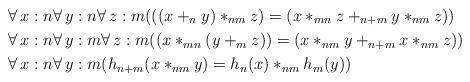
LaTeX: \begin{align*} &\forall\,x:n\forall\,y:n\forall\,z:m(((x+_ny)\ast_{nm}z)=(x\ast_{mn}z+_{n+m}y\ast_{nm}z)) \\ &\forall\,x:n\forall\,y:m\forall\,z:m((x\ast_{mn}(y+_mz))=(x\ast_{nm}y+_{n+m}x\ast_{nm}z)) \\ &\forall\,x:n\forall\,y:m (h_{n+m}(x\ast_{nm}y) = h_n(x)\ast_{nm} h_m(y)) \end{align*}